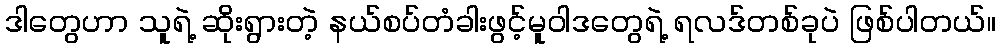
ဒါတွေဟာ သူရဲ့ ဆိုးရွားတဲ့ နယ်စပ်တံခါးဖွင့်မူဝါဒတွေရဲ့ ရလဒ်တစ်ခုပဲ ဖြစ်ပါတယ်။